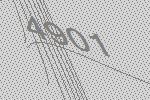
4901